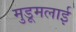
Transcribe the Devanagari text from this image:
मुडूमलाई